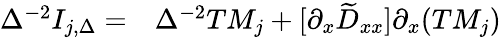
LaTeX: \begin{array}{rl}{\Delta^{-2}I_{j,\Delta}=}&{{}\Delta^{-2}TM_{j}+[\partial_{x}\widetilde{D}_{xx}]\partial_{x}(TM_{j})}\end{array}